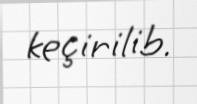
keçirilib.